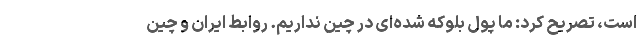
است، تصریح کرد: ما پول بلوکه شده‌ای در چین نداریم. روابط ایران و چین